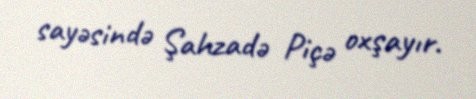
sayəsində Şahzadə Piçə oxşayır.